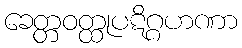
ခေတ္တဝတ္ထုပဋိဂ္ဂဟဏာ